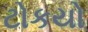
ટોકયો